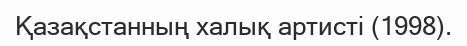
Қазақстанның халық артисті (1998).